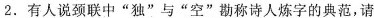
2.有人说颈联中”独”与”空”勘称诗人炼字的典范，请